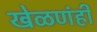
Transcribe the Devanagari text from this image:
खेळणंही